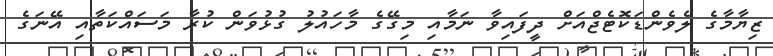
ޒިޔާމާގެ ލެވެންޑަކޮޓެޖްއަށް ދީފައިވާ ނަމާއި މިގޭގެ މާހައުލު ގުޅުވަން ކުރާ މަސައްކަތާއި އޭނަގެ